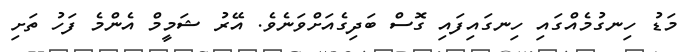
މަޑު ހިނގުމެއްގައި ހިނގައިފައި ގޮސް ބަދިގެއަށްވަނެވެ. އޭރު ޝަމީމް އެންމެ ފަހު ތަށި